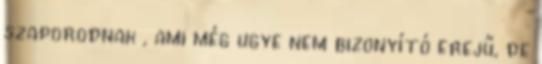
szaporodnak , ami még ugye nem bizonyító erejű, de